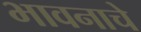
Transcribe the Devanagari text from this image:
भावनाचे